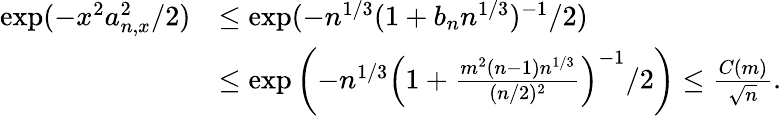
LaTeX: \begin{array}{rl}{\exp(-x^{2}a_{n,x}^{2}/2)}&{\leq\exp(-n^{1/3}(1+b_{n}n^{1/3})^{-1}/2)}\\ &{\leq\exp\left(-n^{1/3}\left(1+\frac{m^{2}(n-1)n^{1/3}}{(n/2)^{2}}\right)^{-1}/2\right)\leq\frac{C(m)}{\sqrt{n}}.}\end{array}